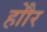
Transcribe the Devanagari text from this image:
होौर